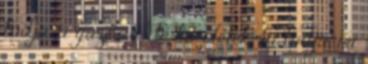
tudja, a gazdag, de ha ölelek, ki tudja, mi